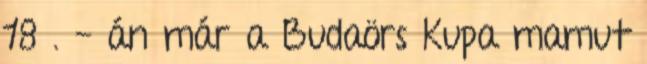
18 . - án már a Budaörs Kupa mamut